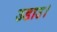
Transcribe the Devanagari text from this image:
उडाउ।